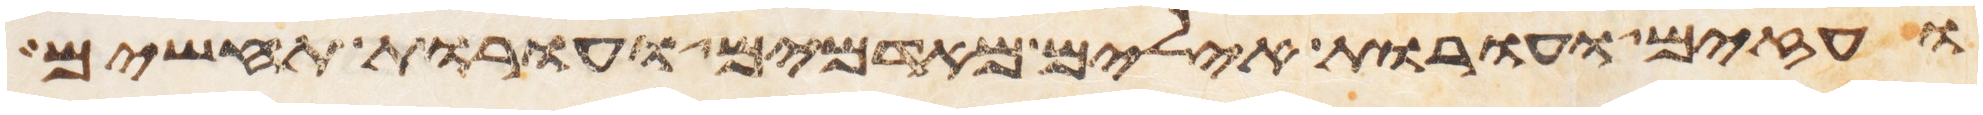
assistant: ועזים ועורות אילים מאדמים ועורות תחשים